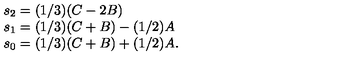
\begin{array} { l } { s _ { 2 } = ( 1 / 3 ) ( C - 2 B ) } \\ { s _ { 1 } = ( 1 / 3 ) ( C + B ) - ( 1 / 2 ) A } \\ { s _ { 0 } = ( 1 / 3 ) ( C + B ) + ( 1 / 2 ) A . } \\ \end{array}